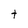
Character: t